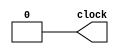
module os(output reg clock);
	always
	begin
	#100 clock=1;
	#100 clock=0;
  
	end
endmodule